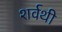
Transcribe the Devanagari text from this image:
शर्वथी